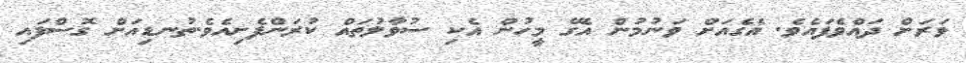
ވަރަށް ދައްވެފައެވެ. އެގެއަށް ވަނުމުން އެގޭ މީހުން އެކި ސުވާލުތައް ކުރަންފެށިއެވެ.ތުނޑިއަށް ގޮސްފައި